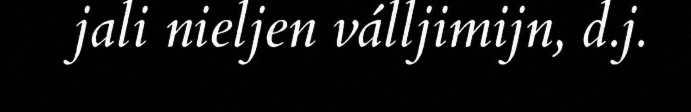
jali nieljen válljimijn, d.j.